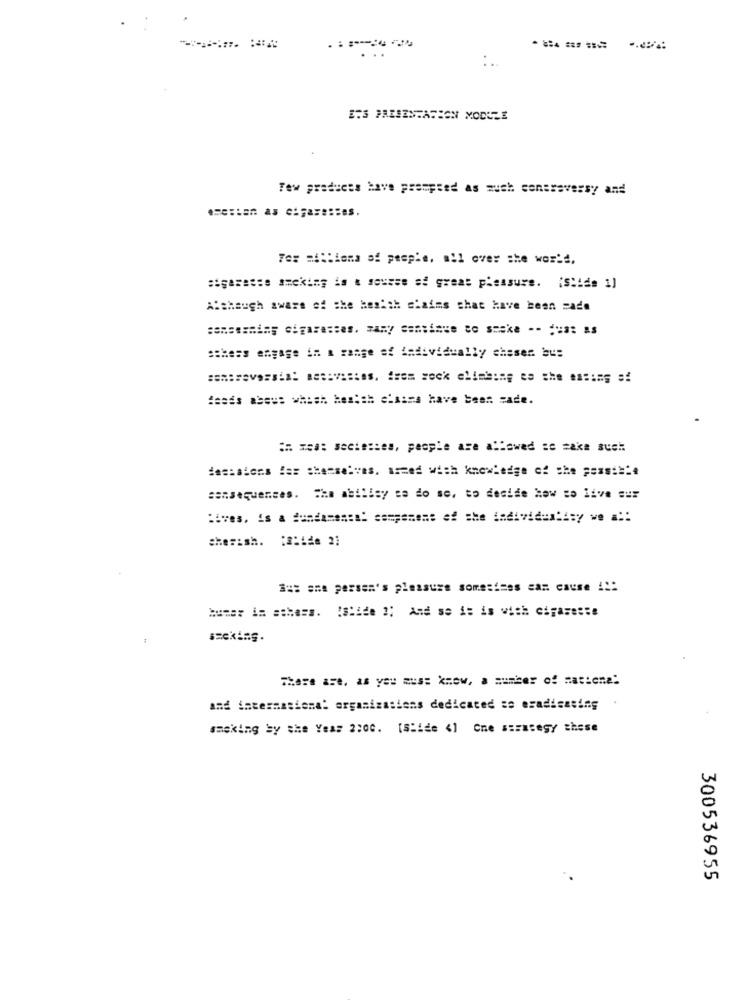
:.
Few produces have prompted as much controversy and
Fer mions of people, all over the world,
Although aware of the kesich claims that have been made
sthess engage in a range of iadividually chases bus
feeds assus which health chasse have been zade.
: ##: seciesses, people are allowed = = ake such
dessalons fer themselves. a == ed with knowledge of the possi =..
sansequences. The ability c do s, to decide how to live sur
:ives, is a fundamental campement of she dadividenlisy we a ::
cherish. : abide 21
Sus ane persen's pleasure sometimes can cause !!:
bumer in athens. ! Slide ?; And se it is with cigarette
seeking.
There are, as you aus= know, a number of matiena:
and international organizations dedicated ss eradicasing
smoking by the Year 2:00. [Slide <1 One samasegy these
300536955